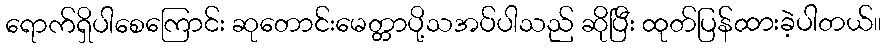
ရောက်ရှိပါစေကြောင်း ဆုတောင်းမေတ္တာပို့သအပ်ပါသည် ဆိုပြီး ထုတ်ပြန်ထားခဲ့ပါတယ်။